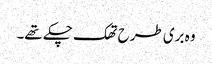
وہ بری طرح تھک چکے تھے۔